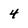
Character: 4